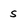
Character: s